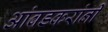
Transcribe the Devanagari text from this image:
आंबडकरांनी